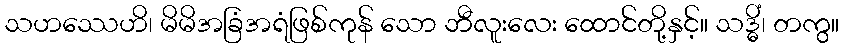
သဟဿေဟိ၊ မိမိအခြံအရံဖြစ်ကုန် သော ဘီလူးလေး ထောင်တို့နှင့်။ သဒ္ဓိံ၊ တကွ။